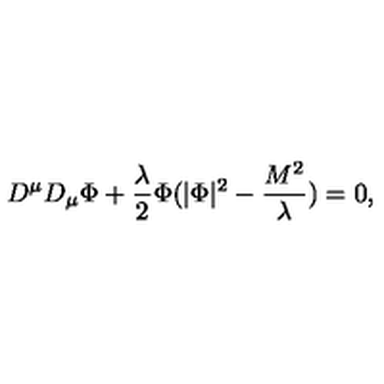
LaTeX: D ^ { \mu } D _ { \mu } \Phi + \frac { \lambda } { 2 } \Phi ( | \Phi | ^ { 2 } - \frac { M ^ { 2 } } { \lambda } ) = 0 ,